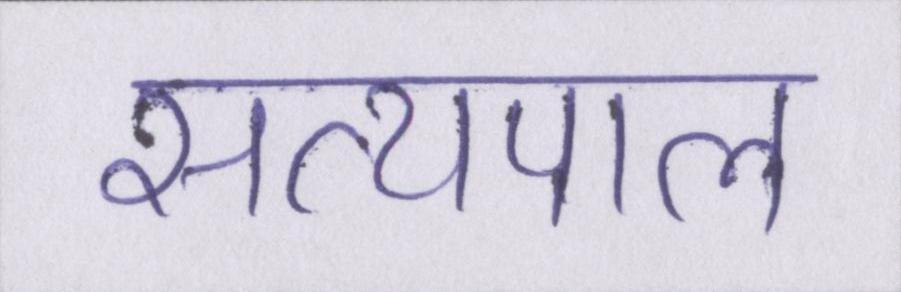
सत्यपाल